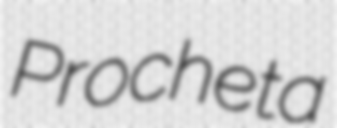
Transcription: Procheta